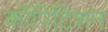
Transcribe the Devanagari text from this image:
कॉपिटिशन